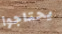
يحتاجوا